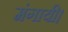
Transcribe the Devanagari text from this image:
मंगायी।